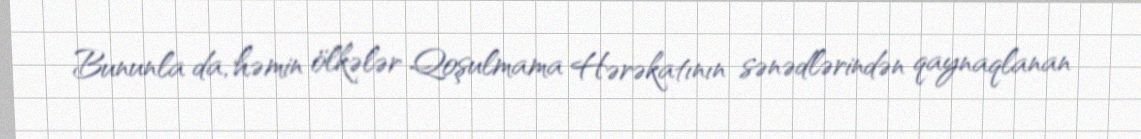
Bununla da, həmin ölkələr Qoşulmama Hərəkatının sənədlərindən qaynaqlanan